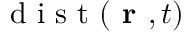
\mathrm { ~ d ~ i ~ s ~ t ~ } ( \textbf { r } , t )